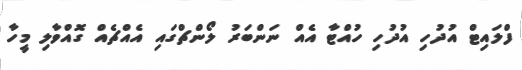
ފްލައިޓް އުދުހި އުދުހި ހުއްޓާ އެއް ނަންބަރު ލޯންޗްގައި އެއްޗެއް ގޮއްވާލި މީހާ